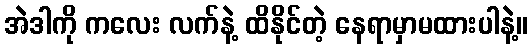
အဲဒါကို ကလေး လက်နဲ့ ထိနိုင်တဲ့ နေရာမှာမထားပါနဲ့။